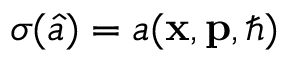
\sigma ( \hat { a } ) = a ( \mathbf { x } , \mathbf { p } , \hbar )